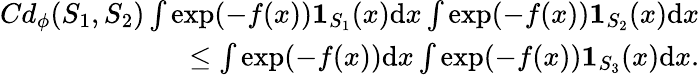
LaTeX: \begin{array}{r}{Cd_{\phi}(S_{1},S_{2})\int\exp(-f(x))\mathbf{1}_{S_{1}}(x)\textup{d}x\int\exp(-f(x))\mathbf{1}_{S_{2}}(x)\textup{d}x}\\ {\leq\int\exp(-f(x))\textup{d}x\int\exp(-f(x))\mathbf{1}_{S_{3}}(x)\textup{d}x.}\end{array}